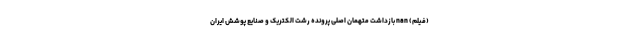
(فیلم) nan بازداشت متهمان اصلی پرونده رشت الکتریک و صنایع پوشش ایران